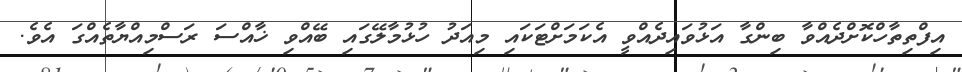
އިފްތިތާހްކޮށްދެއްވާ ބިންގާ އަޅުވައިދެއްވީ އެކަމަށްޓަކައި މިއަދު ހުޅުމާލޭގައި ބޭއްވި ޚާއްސަ ރަސްމިއްޔާތެއްގަ އެވެ.